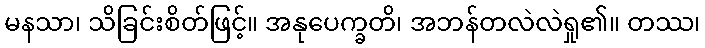
မနသာ၊ သိခြင်းစိတ်ဖြင့်။ အနုပေက္ခတိ၊ အဘန်တလဲလဲရှု၏။ တဿ၊